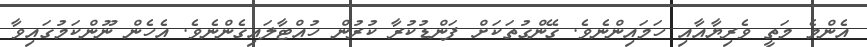
އެންމެ މަތީ ވެރިޔާއާއި ހަމައިންނެވެ. ގޭންގުތަކަށް ފަންޑުކުރާ ކުރުން ހުއްޓާލައިގެންނެވެ. އެހެން ނޫންކަމުގައިވާ